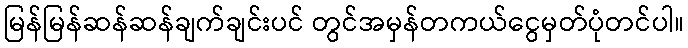
မြန်မြန်ဆန်ဆန်ချက်ချင်းပင် တွင်အမှန်တကယ်ငွေမှတ်ပုံတင်ပါ။